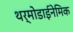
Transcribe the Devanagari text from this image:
थर्मोडाईनेमिक